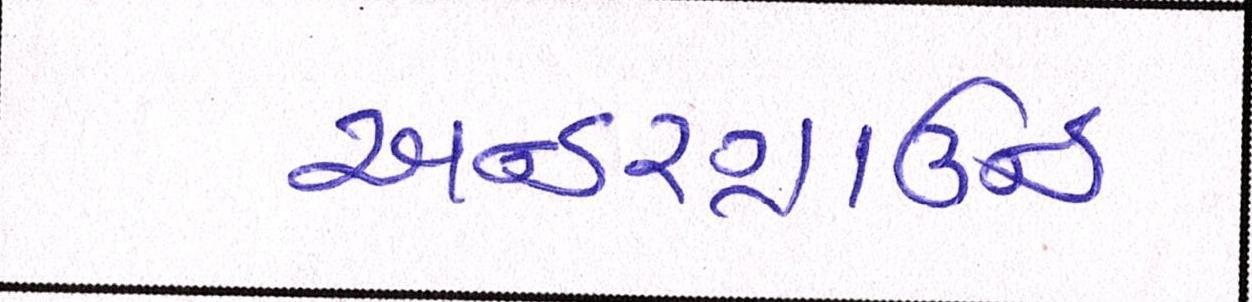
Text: અન્ડરગ્રાઉન્ડ